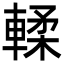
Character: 輮